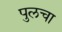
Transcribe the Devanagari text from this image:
पुलचा